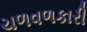
ચળવળકારી